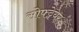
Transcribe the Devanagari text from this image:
सोफ्ट्वेयर